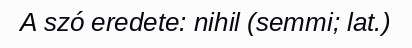
A szó eredete: nihil (semmi; lat.)